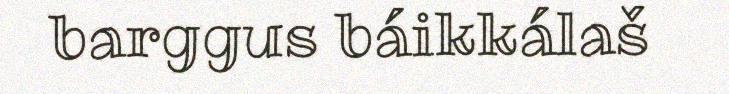
barggus báikkálaš